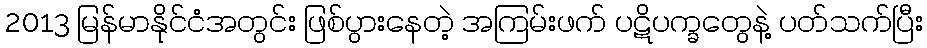
2013 မြန်မာနိုင်ငံအတွင်း ဖြစ်ပွားနေတဲ့ အကြမ်းဖက် ပဋိပက္ခတွေနဲ့ ပတ်သက်ပြီး